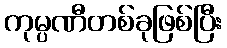
ကုမ္ပဏီတစ်ခုဖြစ်ပြီး